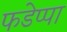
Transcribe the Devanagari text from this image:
फडेप्पा